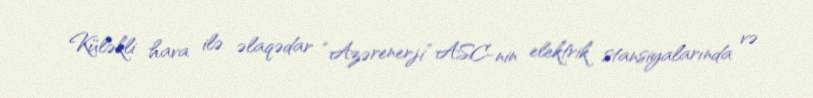
Küləkli hava ilə əlaqədar “Azərenerji” ASC-nin elektrik stansiyalarında və